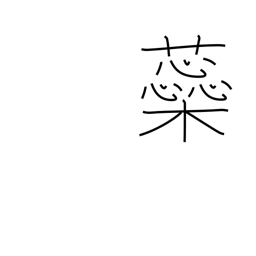
Meaning: pistil